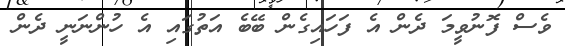
ވެސް ފޮނުވީމަ ދެން އެ ފަހައިގެން ބޭބެ އަތުގައި އެ ހުންނަނީ ދެން